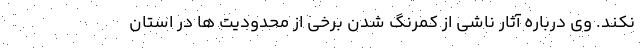
نکند. وی درباره آثار ناشی از کمرنگ شدن برخی از محدودیت ها در استان